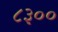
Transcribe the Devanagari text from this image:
८३००